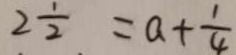
2 \frac { 1 } { 2 } = a + \frac { 1 } { 4 }